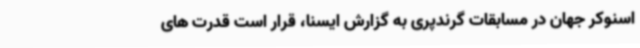
اسنوکر جهان در مسابقات گرندپری به گزارش ایسنا، قرار است قدرت های